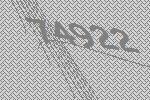
74922